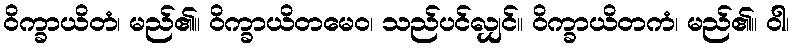
ဝိက္ခာယိတံ၊ မည်၏။ ဝိက္ခာယိတမေဝ၊ သည်ပင်လျှင်။ ဝိက္ခာယိတကံ၊ မည်၏။ ဝါ၊